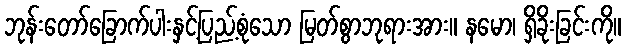
ဘုန်းတော်ခြောက်ပါးနှင့်ပြည့်စုံသော မြတ်စွာဘုရားအား။ နမော၊ ရှိခိုးခြင်းကို။